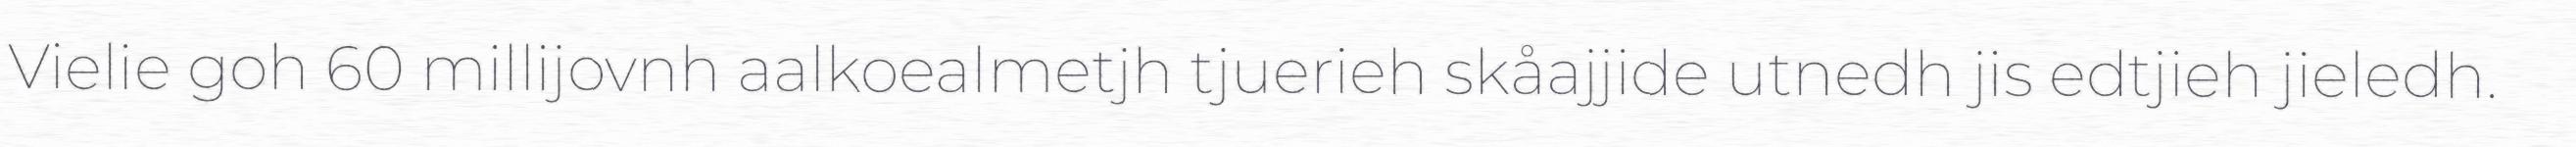
Vielie goh 60 millijovnh aalkoealmetjh tjuerieh skåajjide utnedh jis edtjieh jieledh.